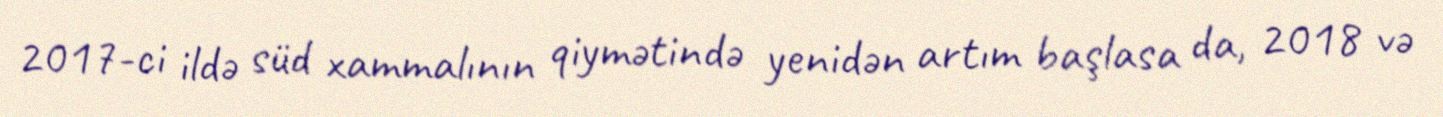
2017-ci ildə süd xammalının qiymətində yenidən artım başlasa da, 2018 və